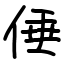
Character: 倕